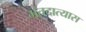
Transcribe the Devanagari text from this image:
मतदात्यास